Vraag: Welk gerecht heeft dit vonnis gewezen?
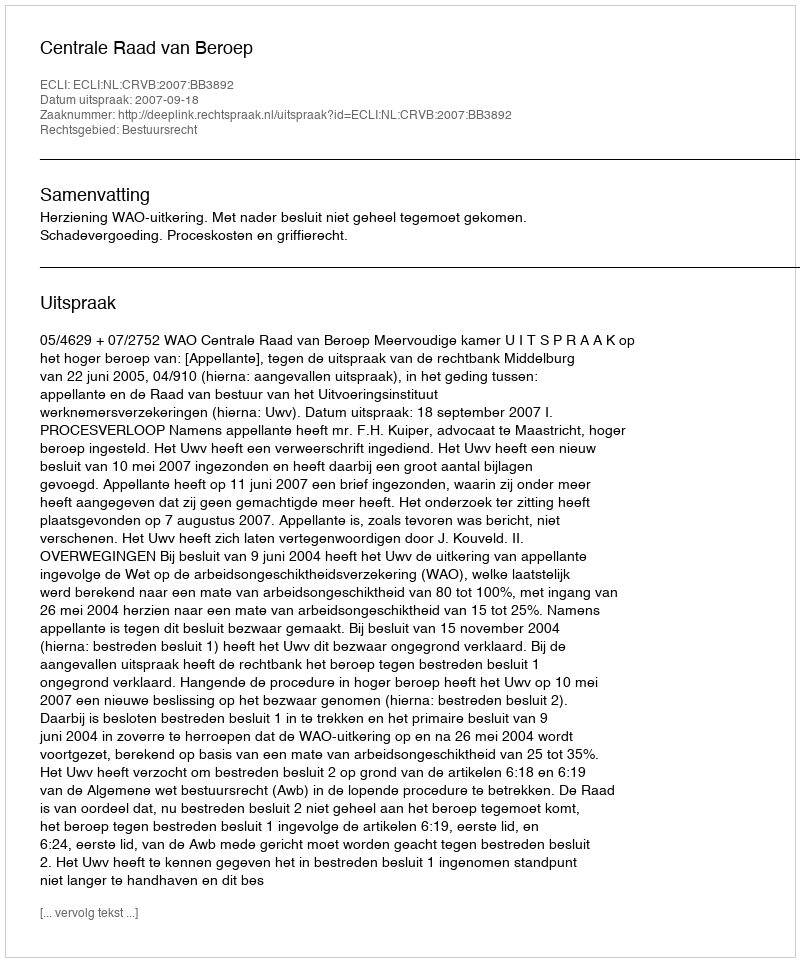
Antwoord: Centrale Raad van Beroep